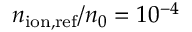
n _ { \mathrm { i o n , r e f } } / n _ { 0 } = 1 0 ^ { - 4 }